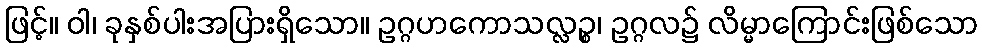
ဖြင့်။ ဝါ၊ ခုနှစ်ပါးအပြားရှိသော။ ဥဂ္ဂဟကောသလ္လဉ္စ၊ ဥဂ္ဂလ၌ လိမ္မာကြောင်းဖြစ်သော